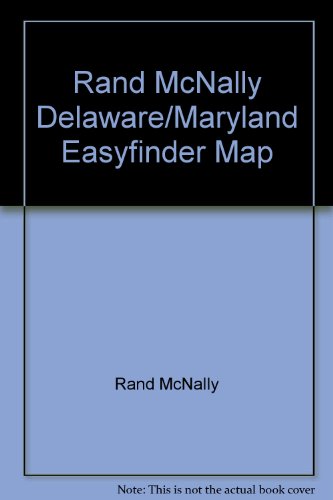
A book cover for Rand McNally Delaware/Maryland Easyfinder Map; Rand McNally; Travel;